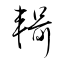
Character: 輯